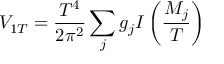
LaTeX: V _ { 1 T } = { \frac { T ^ { 4 } } { 2 \pi ^ { 2 } } } \sum _ { j } g _ { j } I \left( \frac { M _ { j } } { T } \right)